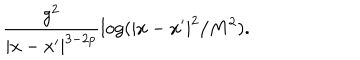
\frac { g ^ { 2 } } { | x - x ^ { \prime } | ^ { 3 - 2 p } } \log ( | x - x ^ { \prime } | ^ { 2 } / { M ^ { 2 } } ) .